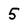
Character: 5